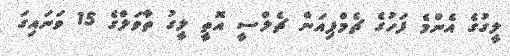
ލީގުގެ އެންމެ ފަހުގެ ޗެމްޕިއަން ޗެލްސީ އޮތީ ލީގު ތާވަލްގެ 15 ވަނައިގަ